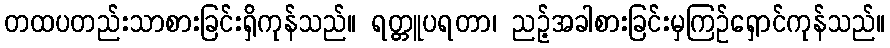
တထပတည်းသာစားခြင်းရှိကုန်သည်။ ရတ္တူပရတာ၊ ညဉ့်အခါစားခြင်းမှကြဉ်ရှောင်ကုန်သည်။